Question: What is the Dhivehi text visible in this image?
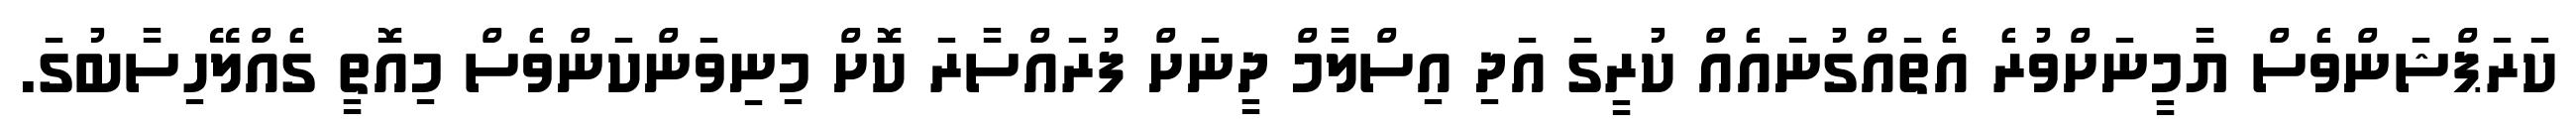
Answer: ކަރަޕްޝަންވެސް ޔާމީނަށްވުރެ އެތައްގުނައެއް ކުރީގަ އަދި އިސްލާމް ދީނަށް ފުރައްސާރަ ކޮށް މިނިވަންކަންވެސް މިއޮތީ ގެއްލޭހިސާބުގަ.